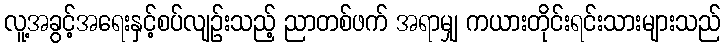
လူ့အခွင့်အရေးနှင့်စပ်လျဉ်းသည့် ညာတစ်ဖက် အရာမျှ ကယားတိုင်းရင်းသားများသည်